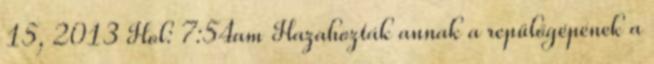
15, 2013 Hol: 7:54am Hazahozták annak a repülőgépének a